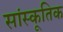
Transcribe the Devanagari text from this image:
सांस्कूतिक